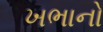
ખભાનો